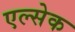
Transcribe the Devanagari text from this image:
एल्सेक